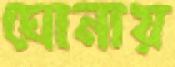
ঘোনায়